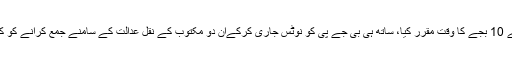
عدالت نے معاملے کی اگلی سماعت کے لئے جمعہ ساڑھے 10 بجے کا وقت مقرر کیا، ساتھ ہی بی جے پی کو نوٹس جاری کرکےان دو مکتوب کے نقل عدالت کے سامنے جمع کرانے کو کہا ہے جو اس کی طرف سے گورنر کو بھیجے گئے تھے۔